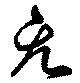
无